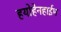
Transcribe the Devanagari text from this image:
हयोहेनहाईम